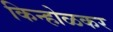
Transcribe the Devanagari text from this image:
किन्होळकर